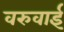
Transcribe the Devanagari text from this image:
वरुवाई